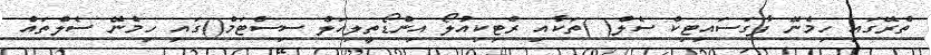
ތެރޭގައި ހިމެނޭ ފާގަސައިޓިކް ސެލް( )ތަކާއި ރެޓިކިއުލޯ އިންޑޯތީލިއަލް ސިސްޓަމް()ގައި ހިމެނޭ ސެލްތައް